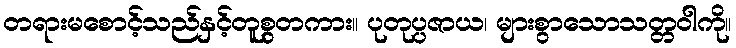
တရားမစောင့်သည်နှင့်တူစွတကား။ ပုတုပ္ပဇာယ၊ များစွာသောသတ္တဝါကို။